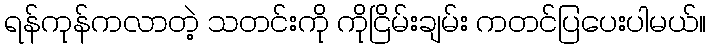
ရန်ကုန်ကလာတဲ့ သတင်းကို ကိုငြိမ်းချမ်း ကတင်ပြပေးပါမယ်။